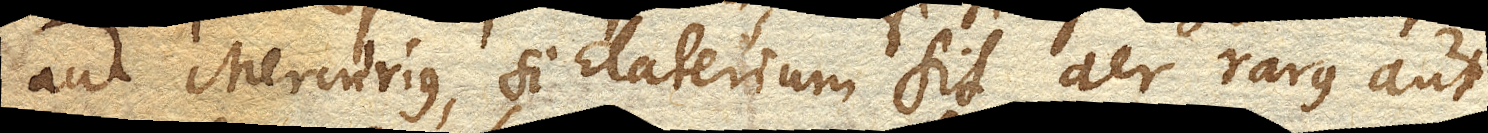
aut Mercurius, si Elaterium sit aer rarus aut